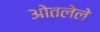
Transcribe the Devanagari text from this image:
ओतलेले